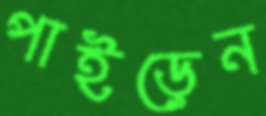
পাইড়েন